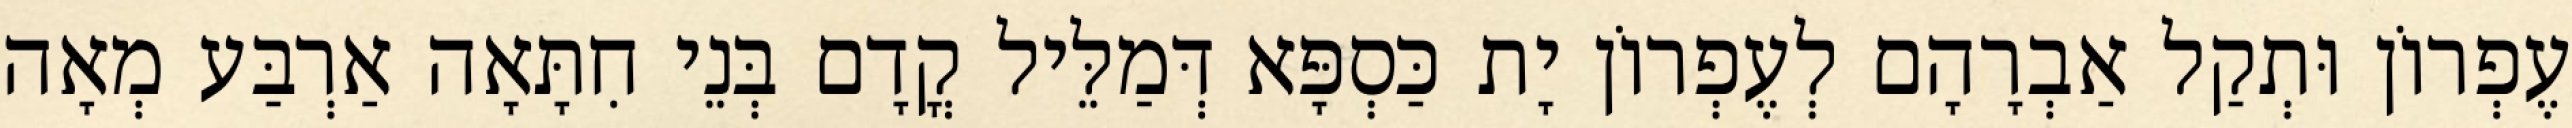
עֶפְרוֹן וּתְקַל אַבְרָהָם לְעֶפְרוֹן יָת כַּסְפָּא דְּמַלֵּיל קֳדָם בְּנֵי חִתָּאָה אַרְבַּע מְאָה